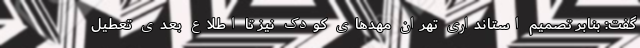
گفت: بنابر تصمیم‌ استانداری تهران مهد‌های کودک نیز تا اطلاع بعدی تعطیل